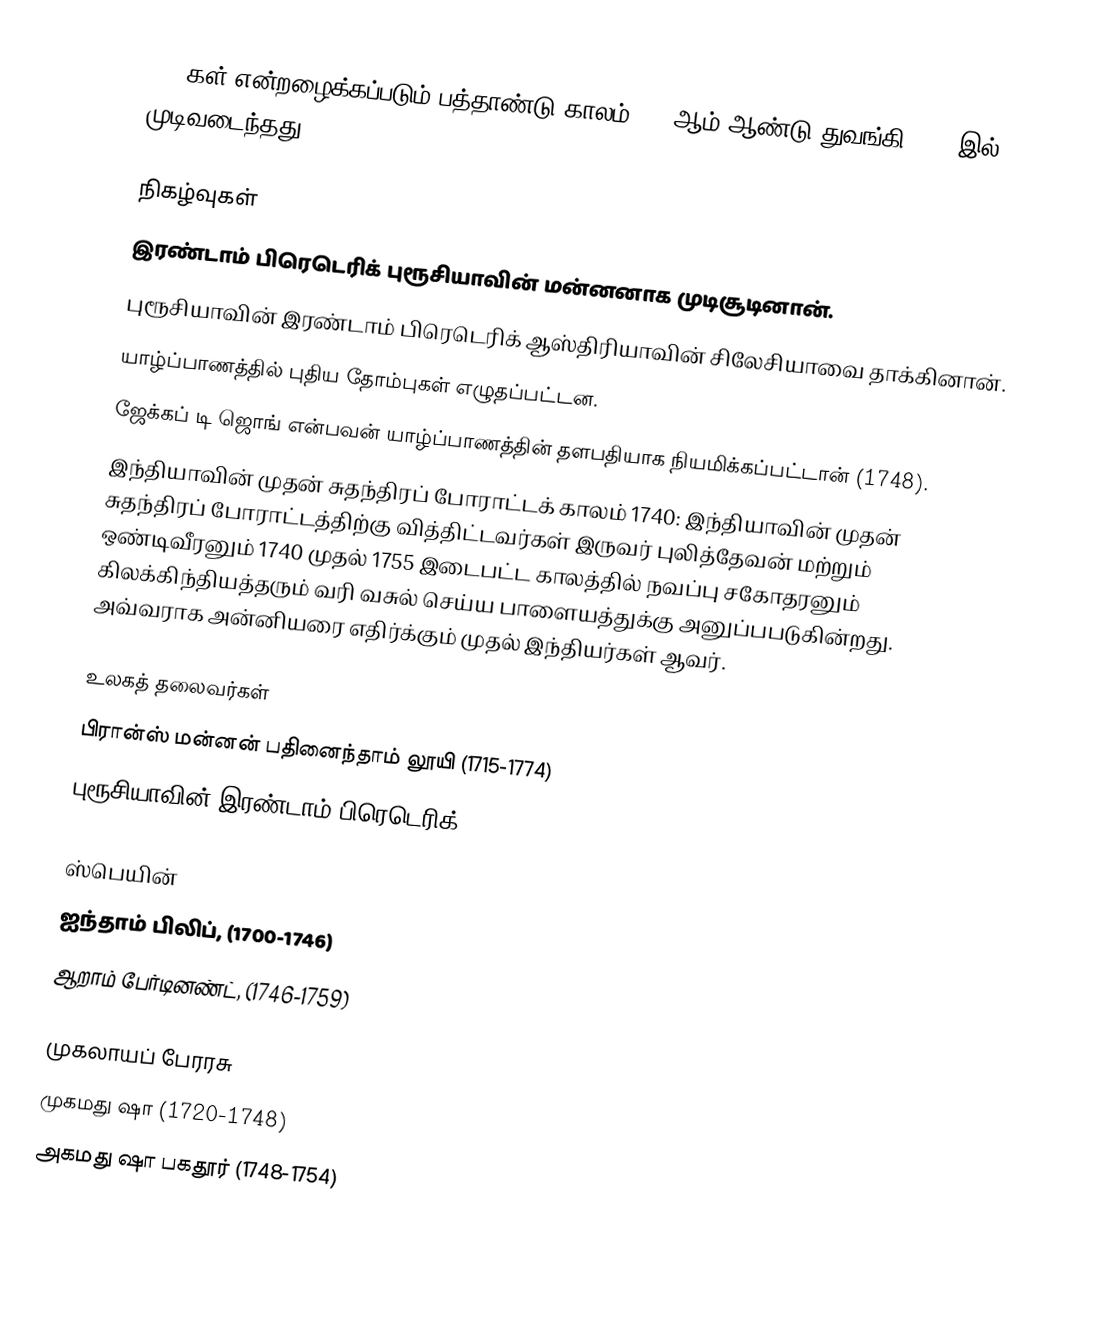
1740கள் என்றழைக்கப்படும் பத்தாண்டு காலம் 1740ஆம் ஆண்டு துவங்கி 1749-இல் முடிவடைந்தது.

நிகழ்வுகள்
 இரண்டாம் பிரெடெரிக் புரூசியாவின் மன்னனாக முடிசூடினான்.
 புரூசியாவின் இரண்டாம் பிரெடெரிக் ஆஸ்திரியாவின் சிலேசியாவை தாக்கினான்.
 யாழ்ப்பாணத்தில் புதிய தோம்புகள் எழுதப்பட்டன.
 ஜேக்கப் டி ஜொங் என்பவன் யாழ்ப்பாணத்தின் தளபதியாக நியமிக்கப்பட்டான் (1748).
 இந்தியாவின் முதன் சுதந்திரப் போராட்டக் காலம் 1740: இந்தியாவின் முதன் சுதந்திரப் போராட்டத்திற்கு வித்திட்டவர்கள் இருவர் புலித்தேவன் மற்றும் ஒண்டிவீரனும் 1740 முதல் 1755 இடைபட்ட காலத்தில் நவப்பு சகோதரனும் கிலக்கிந்தியத்தரும் வரி வசுல் செய்ய பாளையத்துக்கு அனுப்பபடுகின்றது. அவ்வராக அன்னியரை எதிர்க்கும் முதல் இந்தியர்கள் ஆவர்.

உலகத் தலைவர்கள்
 பிரான்ஸ் மன்னன் பதினைந்தாம் லூயி (1715-1774)
 புரூசியாவின் இரண்டாம் பிரெடெரிக் (1740-1786)

ஸ்பெயின்
 ஐந்தாம் பிலிப், (1700-1746)
 ஆறாம் பேர்டினண்ட், (1746-1759)

முகலாயப் பேரரசு
 முகமது ஷா (1720-1748)
 அகமது ஷா பகதூர் (1748-1754)